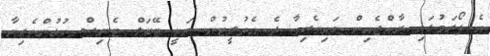
އެ ފޯރަމުގައި ރާއްޖެއިން ބައިވެރިވާ ދެ އެތުލީޓުން ނަކީ ޓޭބަލް ޓެނިސް ކުޅުންތެރިޔާ